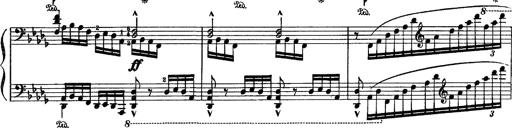
Title: Fantaisie sur des motifs favoris de l'opÃ©ra 'La sonnambula'
Composer: Franz Liszt